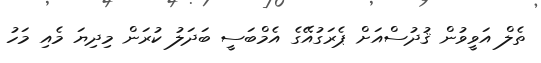
ތެލް އަވީވުން ޤުދުސްއަށް ޕެރަގުއޭގެ އެމްބަސީ ބަދަލު ކުރަން މިދިޔަ މެއި މަހު